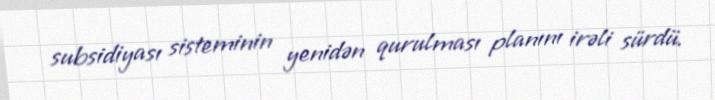
subsidiyası sisteminin yenidən qurulması planını irəli sürdü.